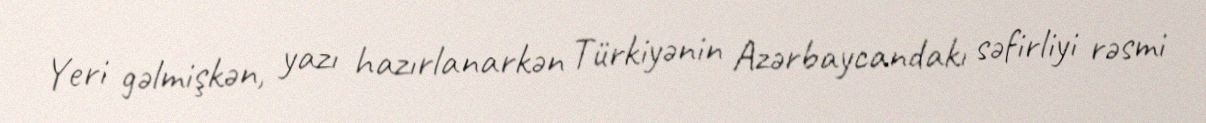
Yeri gəlmişkən, yazı hazırlanarkən Türkiyənin Azərbaycandakı səfirliyi rəsmi